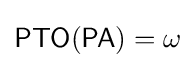
{\mathsf {PTO(PA)}}=\omega